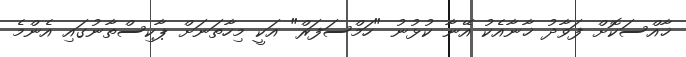
ޚާއްސަކޮށް ފަވާދު ޚާނާއެކު އޭނާ ކުޅުނު "ހަމްސަފަރް" އަކީ މިހާތަނަށް ޕާކިސްތާނުގައި އެންމެ